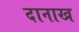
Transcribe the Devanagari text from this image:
दानाख